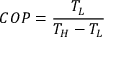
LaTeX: \ C O P = { \frac { T _ { L } } { T _ { H } - T _ { L } } }